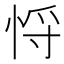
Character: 𢚃